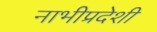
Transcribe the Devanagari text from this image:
नाभीप्रदेशी